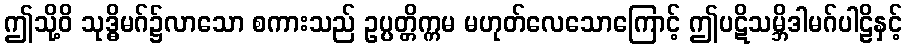
ဤသို့ဝိ သုဒ္ဓိမဂ်၌လာသော စကားသည် ဥပ္ပတ္တိက္ကမ မဟုတ်လေသောကြောင့် ဤပဋိသမ္ဘိဒါမဂ်ပါဠိနှင့်